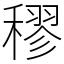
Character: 穋